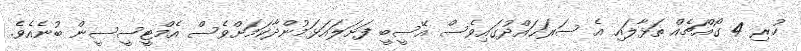
ހުރި 4 ގޯއްޗެއް ތަޅާލައި އެ ސަރަޙައްދުގައިވެސް އޭސީބީ ފަށަލައަޅަމުންދާކަމަށްވެސް އެމްޓީސީސީން ބުނެއެވެ.